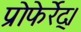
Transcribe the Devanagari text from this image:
प्रोफेर्रेद्।